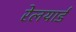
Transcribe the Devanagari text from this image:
रेलयार्ड